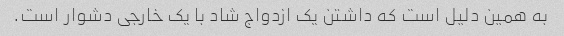
به همین دلیل است که داشتن یک ازدواج شاد با یک خارجی دشوار است.